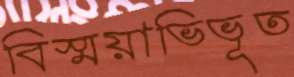
বিস্ময়াভিভূত